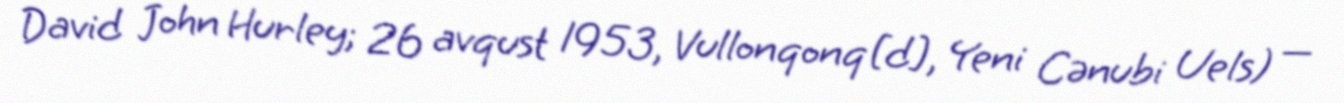
David John Hurley; 26 avqust 1953, Vullonqonq[d], Yeni Cənubi Uels) —